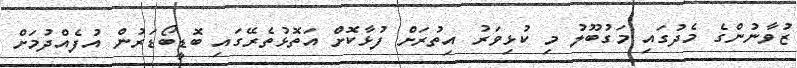
ޒުވާނުންގެ މެދުގައި މަގުބޫލު މި ކުޅިވަރު އިތުރަށް ފުޅާކޮށް އަތޮޅުތެރޭގައި ބޮޑީބޯޑަރުން އުފެއްދުމަށް